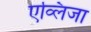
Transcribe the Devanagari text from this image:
एव्लिजा